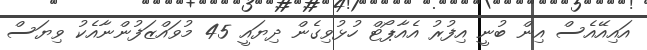
އައިއޭއެސް އިން ބުނީ އިފުރު އެއާޕޯޓް ހުޅުވިގެން ދިޔައީ 45 މުވައްޒަފުންނާއެކު ވިޔަސް